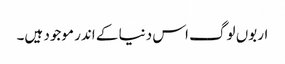
اربوں لوگ اس دنیا کے اندر موجود ہیں۔